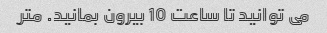
می توانید تا ساعت 10 بیرون بمانید. متر